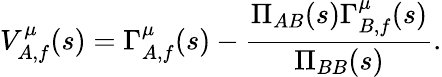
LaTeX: V_{A,f}^{\mu}(s)=\Gamma_{A,f}^{\mu}(s)-{\frac{\Pi_{AB}(s)\Gamma_{B,f}^{\mu}(s)}{\Pi_{BB}(s)}}.